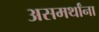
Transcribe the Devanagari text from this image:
असमर्थांना